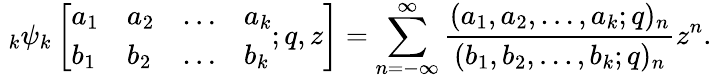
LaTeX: \; _{k}\psi_{k}\left[{\begin{array}{llll}{a_{1}}&{a_{2}}&{\ldots}&{a_{k}}\\ {b_{1}}&{b_{2}}&{\ldots}&{b_{k}}\end{array}};q,z\right]=\sum_{n=-\infty}^{\infty}{\frac{(a_{1},a_{2},\ldots,a_{k};q)_{n}}{(b_{1},b_{2},\ldots,b_{k};q)_{n}}}z^{n}.